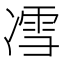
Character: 𰄈